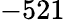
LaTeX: -521